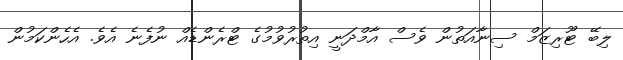
ލިބޭ ޓޫރިޒަމް ސިނާއަތުން ވެސް އާމްދަނީ އިތުރުވުމުގެ ޓްރެންޑެއް ނުފެނެ އެވެ. އެހެންކަމުން